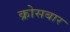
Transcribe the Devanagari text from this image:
क्रोसबार